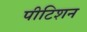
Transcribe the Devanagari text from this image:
पीटिशन